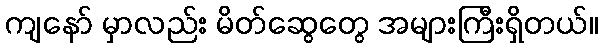
ကျနော် မှာလည်း မိတ်ဆွေတွေ အများကြီးရှိတယ်။